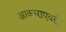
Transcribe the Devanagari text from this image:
आकाराएवढी